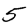
Digit: 5